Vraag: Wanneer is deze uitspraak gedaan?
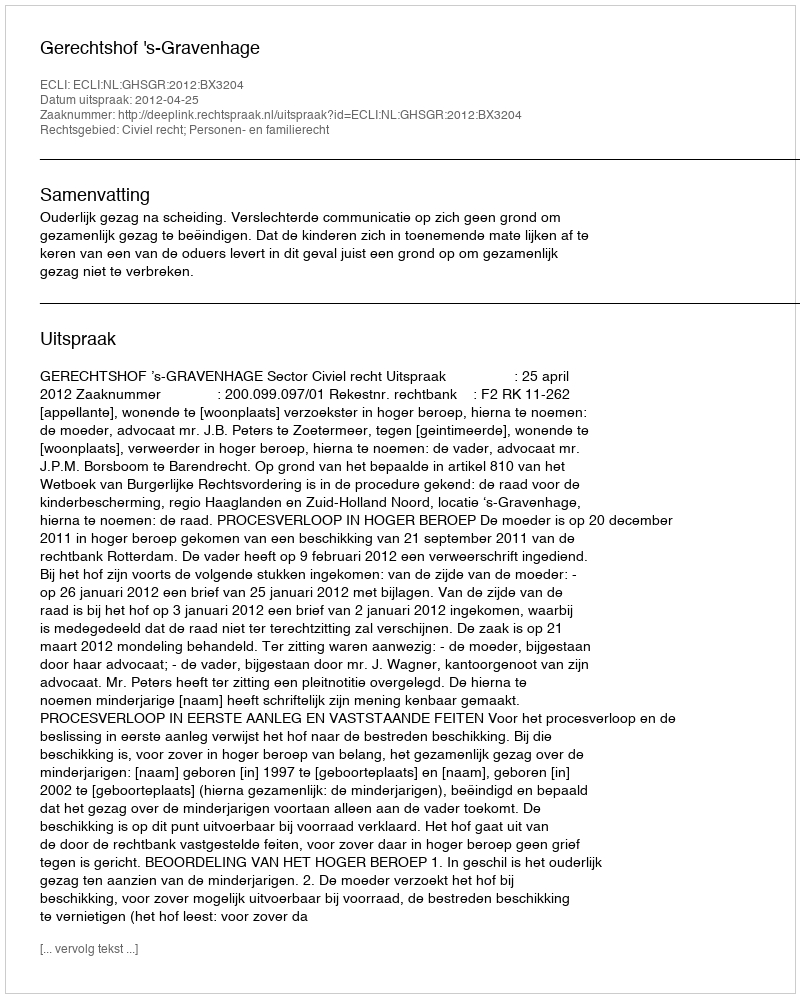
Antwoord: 2012-04-25